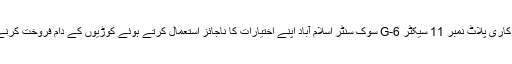
ملزمان پر سرکاری پلاٹ نمبر 11 سیکٹر G-6 سوک سنٹر اسلام آباد اپنے اختیارات کا ناجائز استعمال کرتے ہوئے کوڑیوں کے دام فروخت کرنے کا الزام ہے۔